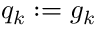
q _ { k } : = g _ { k }